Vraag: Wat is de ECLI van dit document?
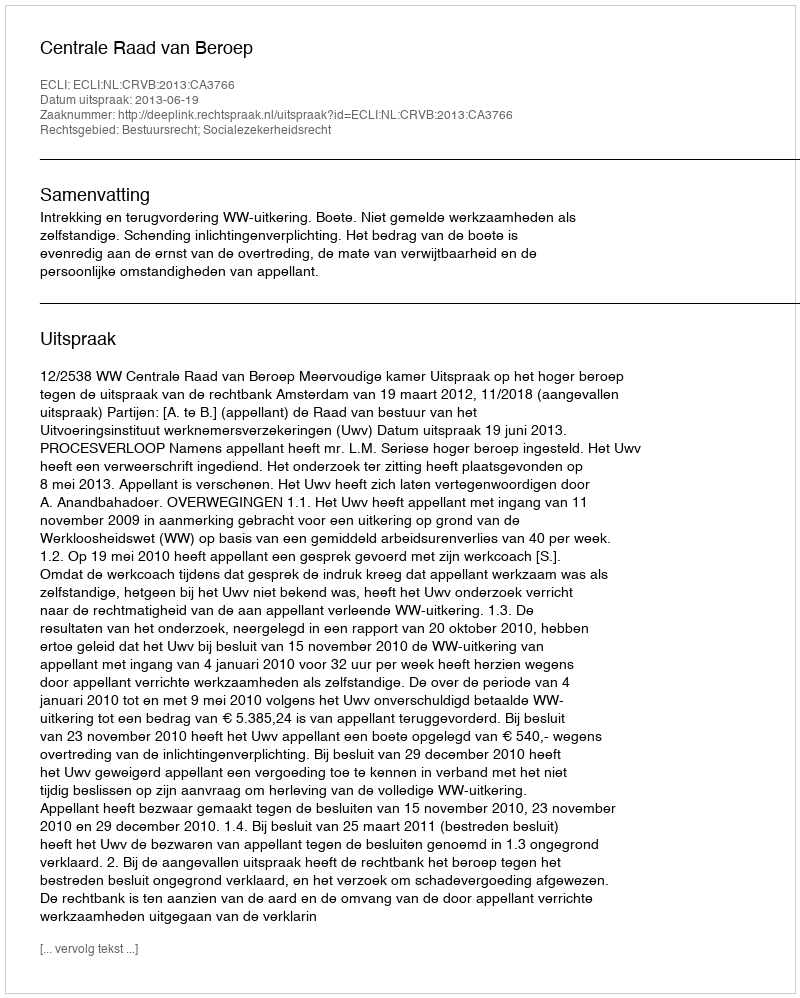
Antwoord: ECLI:NL:CRVB:2013:CA3766